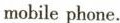
mobile phone.